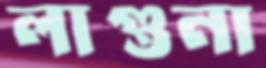
লাগুনা